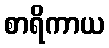
စာရိကာယ